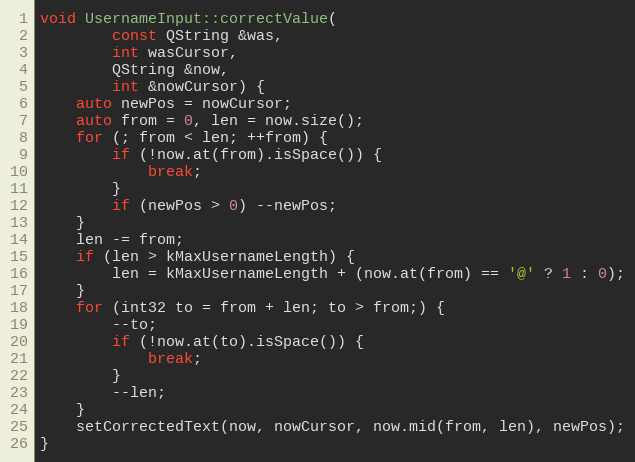
Language: C++
void UsernameInput::correctValue(
		const QString &was,
		int wasCursor,
		QString &now,
		int &nowCursor) {
	auto newPos = nowCursor;
	auto from = 0, len = now.size();
	for (; from < len; ++from) {
		if (!now.at(from).isSpace()) {
			break;
		}
		if (newPos > 0) --newPos;
	}
	len -= from;
	if (len > kMaxUsernameLength) {
		len = kMaxUsernameLength + (now.at(from) == '@' ? 1 : 0);
	}
	for (int32 to = from + len; to > from;) {
		--to;
		if (!now.at(to).isSpace()) {
			break;
		}
		--len;
	}
	setCorrectedText(now, nowCursor, now.mid(from, len), newPos);
}